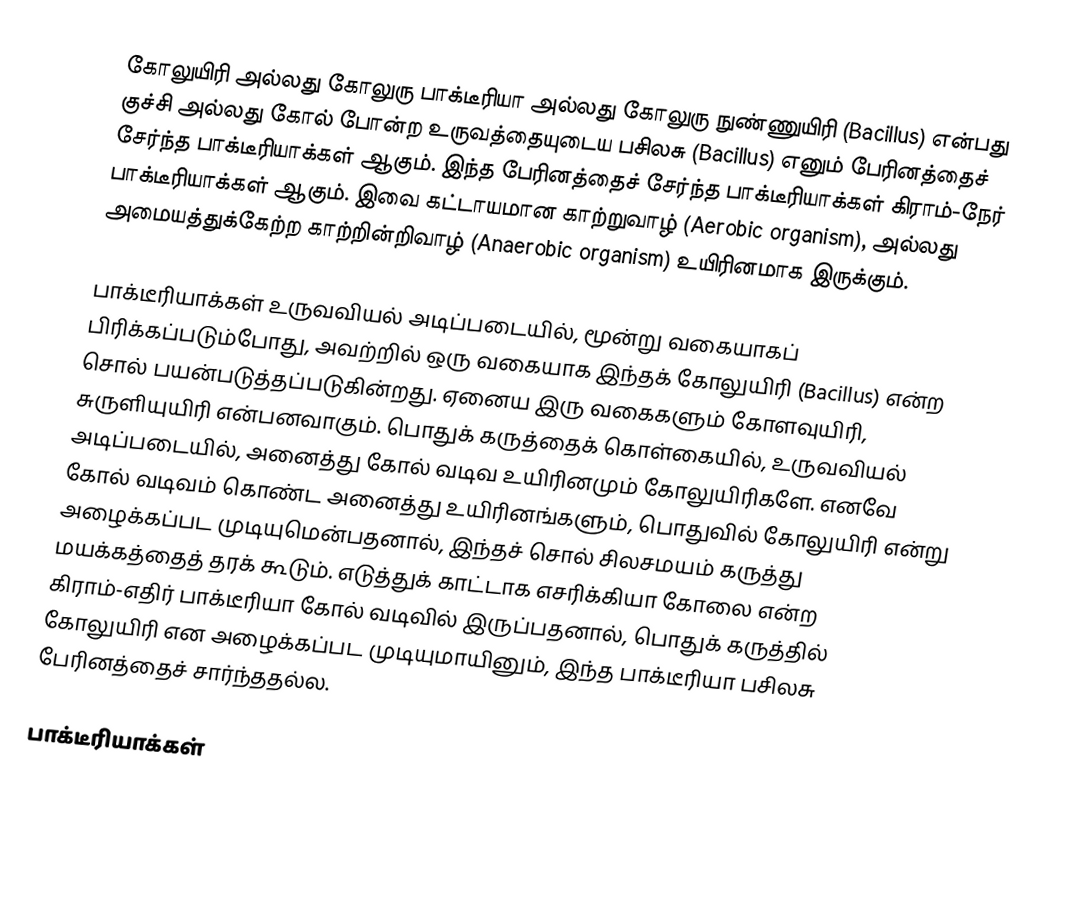
கோலுயிரி அல்லது கோலுரு பாக்டீரியா அல்லது கோலுரு நுண்ணுயிரி (Bacillus) என்பது குச்சி அல்லது கோல் போன்ற உருவத்தையுடைய பசிலசு (Bacillus) எனும் பேரினத்தைச் சேர்ந்த பாக்டீரியாக்கள் ஆகும். இந்த பேரினத்தைச் சேர்ந்த பாக்டீரியாக்கள் கிராம்-நேர் பாக்டீரியாக்கள் ஆகும். இவை கட்டாயமான காற்றுவாழ் (Aerobic organism), அல்லது அமையத்துக்கேற்ற காற்றின்றிவாழ் (Anaerobic organism) உயிரினமாக இருக்கும்.

பாக்டீரியாக்கள் உருவவியல் அடிப்படையில், மூன்று வகையாகப் பிரிக்கப்படும்போது, அவற்றில் ஒரு வகையாக இந்தக் கோலுயிரி (Bacillus) என்ற சொல் பயன்படுத்தப்படுகின்றது. ஏனைய இரு வகைகளும் கோளவுயிரி, சுருளியுயிரி என்பனவாகும். பொதுக் கருத்தைக் கொள்கையில், உருவவியல் அடிப்படையில், அனைத்து கோல் வடிவ உயிரினமும் கோலுயிரிகளே. எனவே கோல் வடிவம் கொண்ட அனைத்து உயிரினங்களும், பொதுவில் கோலுயிரி என்று அழைக்கப்பட முடியுமென்பதனால், இந்தச் சொல் சிலசமயம் கருத்து மயக்கத்தைத் தரக் கூடும். எடுத்துக் காட்டாக எசரிக்கியா கோலை என்ற கிராம்-எதிர் பாக்டீரியா கோல் வடிவில் இருப்பதனால், பொதுக் கருத்தில் கோலுயிரி என அழைக்கப்பட முடியுமாயினும், இந்த பாக்டீரியா பசிலசு பேரினத்தைச் சார்ந்ததல்ல.

பாக்டீரியாக்கள்